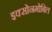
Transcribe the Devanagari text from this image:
इक्सोनमोबिल